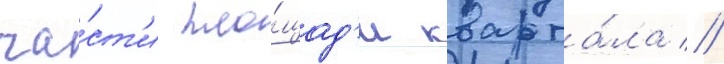
ча́ст'и пло́щад'и кварта́ла //